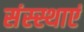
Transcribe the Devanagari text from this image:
संस्स्थाएं